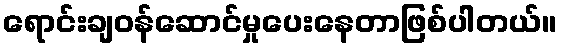
ရောင်းချဝန်ဆောင်မှုပေးနေတာဖြစ်ပါတယ်။